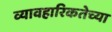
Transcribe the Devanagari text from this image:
व्यावहारिकतेच्या